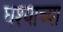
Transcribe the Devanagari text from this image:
घश्याच्या